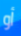
أو